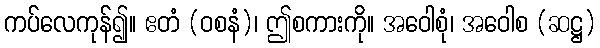
ကပ်လေကုန်၍။ ဧတံ (ဝစနံ)၊ ဤစကားကို။ အဝေါစုံ၊ အဝေါစ (ဆဋ္ဌ)